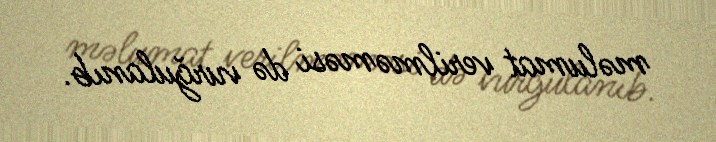
məlumat verilməməsi də vurğulanıb.